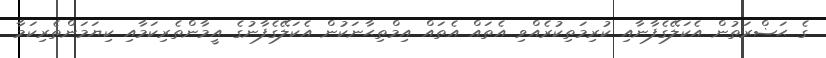
ގެ ޙަޟްރަތުން އެކަލޭގެފާނާއި ކުރިމަތިކުރެއްވި އެތައް އެތައް އިމްތިޙާނަކުން އެކަލޭގެފާނުގެ އީމާންތެރިކަމާއި ކިޔަމަންތެރިކަމާ